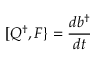
[ Q ^ { \dagger } , F \} = { \frac { d b ^ { \dagger } } { d t } }